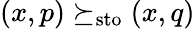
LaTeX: (x,p)\succeq_{\mathrm{sto}}(x,q)